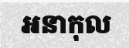
អនាកុល